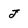
Character: J